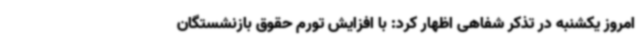
امروز یکشنبه در تذکر شفاهی اظهار کرد: با افزایش تورم حقوق بازنشستگان